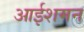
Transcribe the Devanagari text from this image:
आईशमन